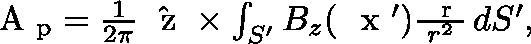
\begin{array} { r } { \mathrm { ~ \boldmath ~ A ~ } _ { \mathrm { p } } = \frac { 1 } { 2 \pi } \hat { \mathrm { ~ \boldmath ~ z ~ } } \times \int _ { S ^ { \prime } } B _ { z } ( \mathrm { ~ \boldmath ~ x ~ } ^ { \prime } ) \frac { \mathrm { ~ \boldmath ~ r ~ } } { r ^ { 2 } } \, d S ^ { \prime } , } \end{array}